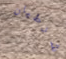
شرطيان